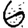
Digit: 6